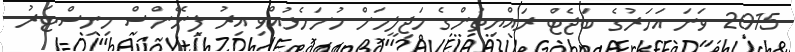
2015 ވަނަ އަހަރުގެ ބަޖެޓް ރައްޔިތުންގެ މަޖިލީހަށް ހުށަހެޅުއްވި އިރު ފިނޭންސް މިނިސްޓަރު